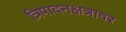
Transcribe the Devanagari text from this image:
त्रिपादनक्षत्रावर